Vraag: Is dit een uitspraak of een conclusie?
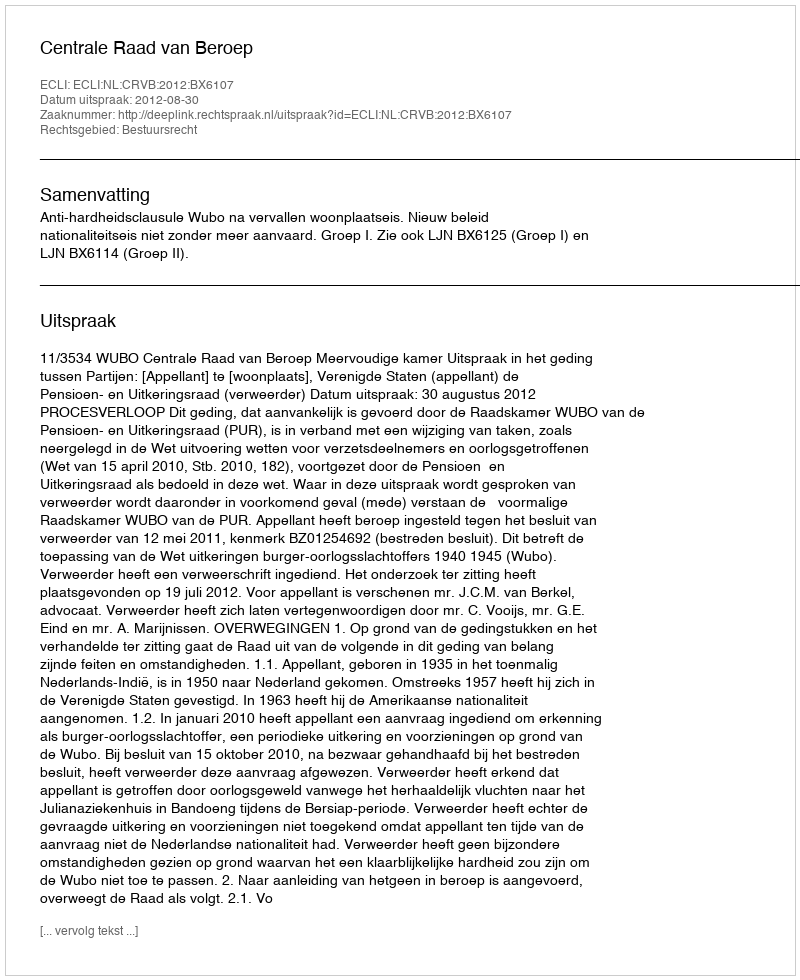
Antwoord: Uitspraak